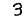
Digit: 3